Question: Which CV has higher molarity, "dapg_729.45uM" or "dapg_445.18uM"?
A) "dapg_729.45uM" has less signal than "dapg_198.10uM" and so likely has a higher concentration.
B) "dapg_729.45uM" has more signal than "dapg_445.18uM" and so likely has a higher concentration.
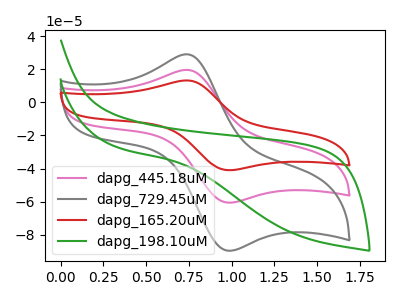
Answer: <think>The pink curve "dapg_445.18uM" has an anodic peak at (0.75V, 19.70uA) and a cathodic peak at (1.00V, -60.65uA). The gray curve "dapg_729.45uM" has an anodic peak at (0.75V, 29.10uA) and a cathodic peak at (1.00V, -89.75uA). The red curve "dapg_165.20uM" has an anodic peak at (0.75V, 39.35uA) and a cathodic peak at (1.00V, -121.30uA). The green curve "dapg_198.10uM" has no peaks.
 All the peaks in "dapg_729.45uM" have a peak in "dapg_445.18uM" at the same potential. Every peak in "dapg_729.45uM" is higher than every peak in "dapg_445.18uM".</think>
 <answer>B) "dapg_729.45uM" has more signal than "dapg_445.18uM" and so likely has a higher concentration.</answer>
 <eval>B</eval>